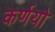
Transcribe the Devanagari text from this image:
कर्णयो